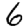
Digit: 6